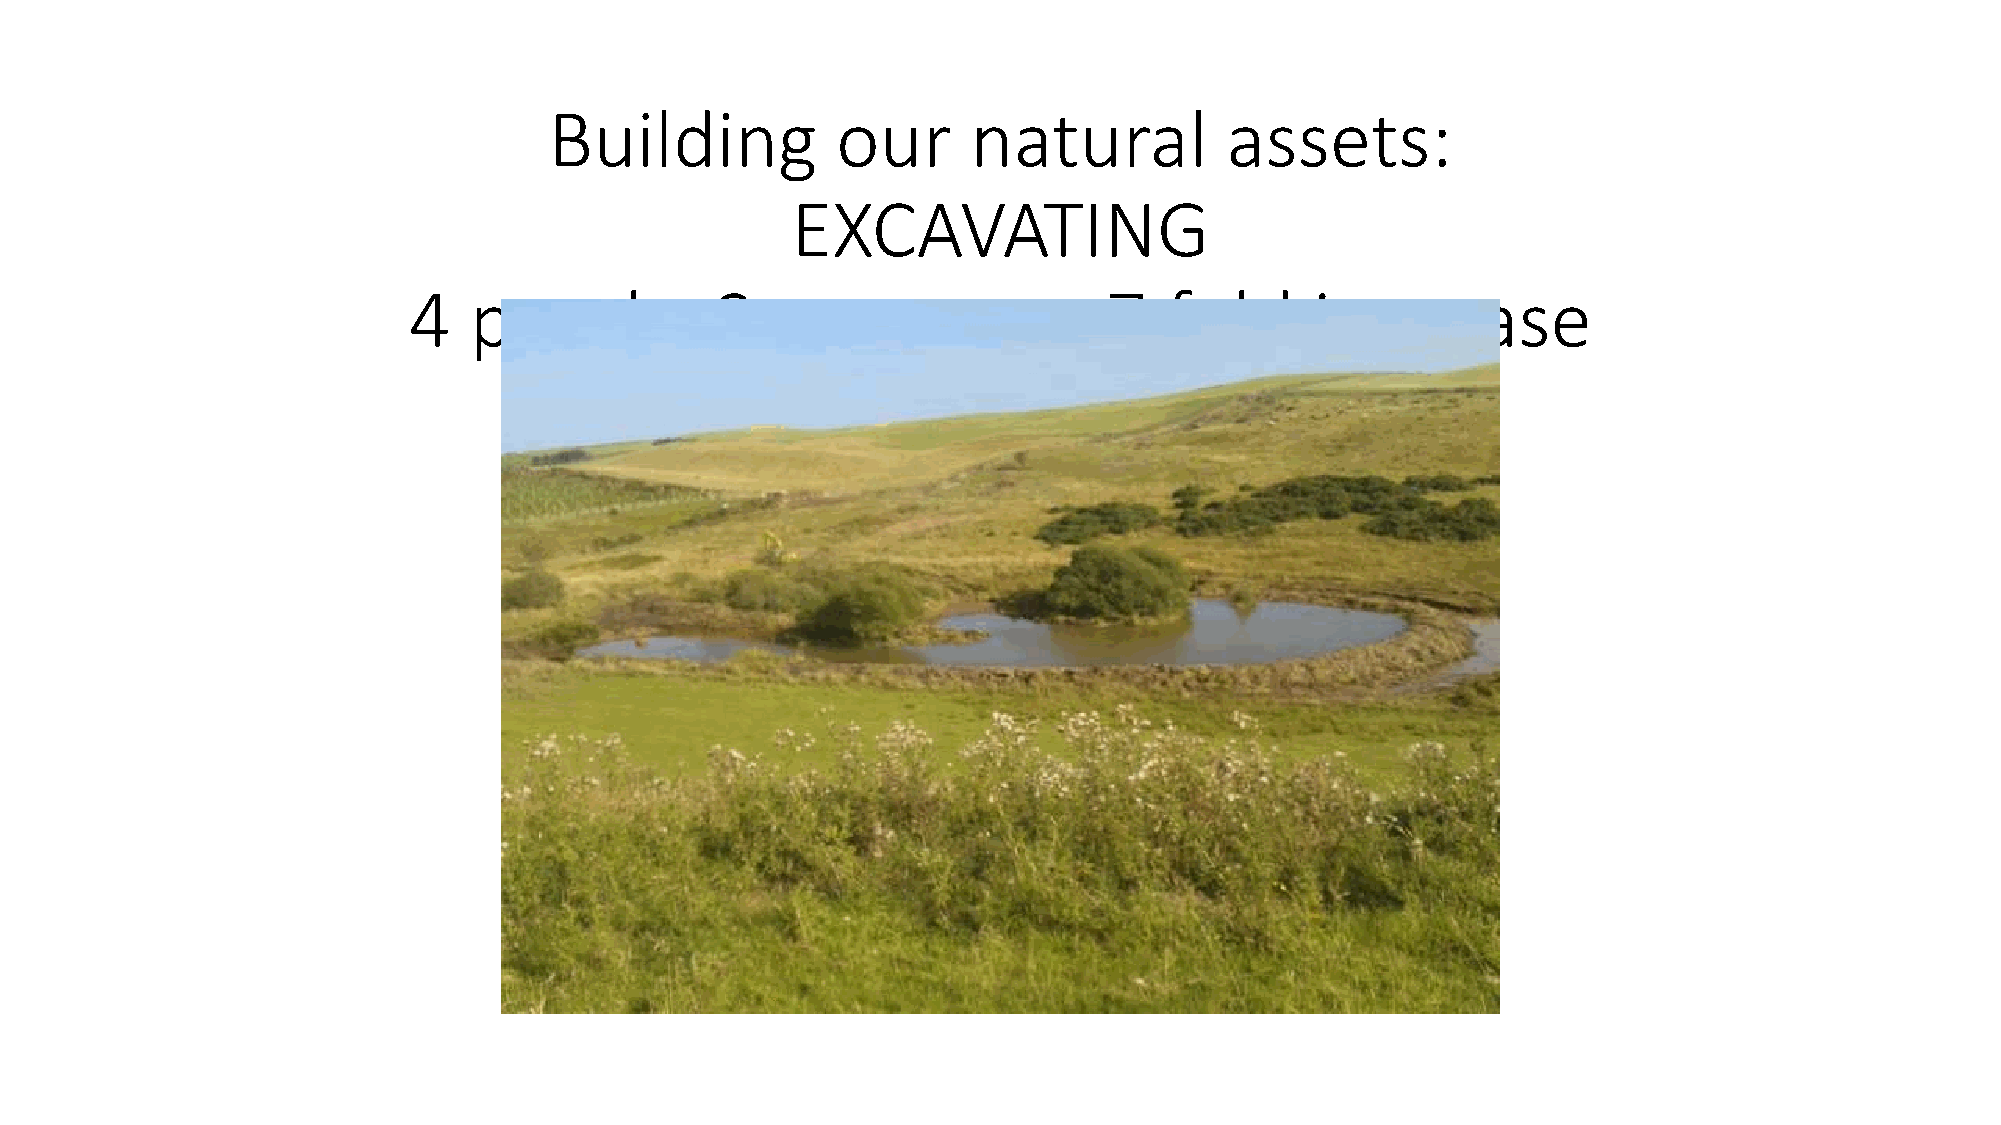
Building           our      natural          assets:
 EXCAVATING
 4   ponds,          3   scrapes           –   7   fold      increase